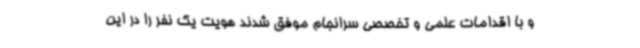
و با اقدامات علمی و تخصصی سرانجام موفق شدند هویت یک نفر را در این